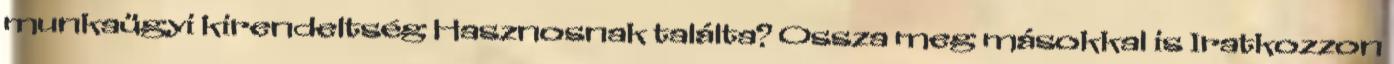
munkaügyi kirendeltség Hasznosnak találta? Ossza meg másokkal is Iratkozzon